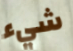
شيء